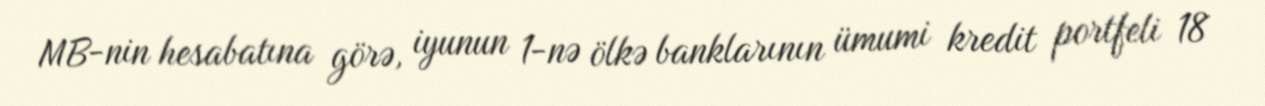
MB-nin hesabatına görə, iyunun 1-nə ölkə banklarının ümumi kredit portfeli 18